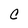
Character: C